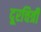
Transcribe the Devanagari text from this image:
दूरचित्री